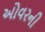
ઓવરની